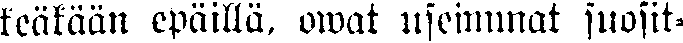
keäkään epäillä, owat useimmat suosit-